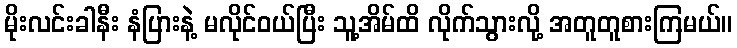
မိုးလင်းခါနီး နံပြားနဲ့ မလိုင်ဝယ်ပြီး သူ့အိမ်ထိ လိုက်သွားလို့ အတူတူစားကြမယ်။